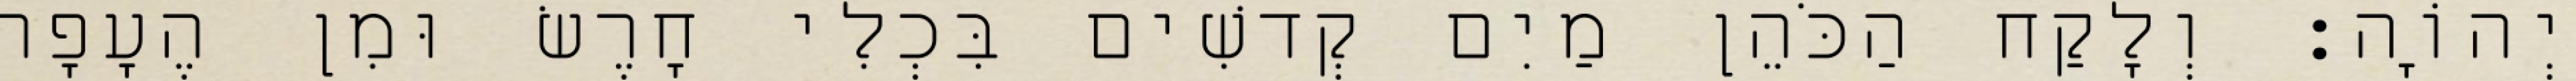
יְהוָֹה׃ וְלָקַח הַכֹּהֵן מַיִם קְדשִׁים בִּכְלִי חָרֶשׂ וּמִן הֶעָפָר